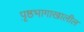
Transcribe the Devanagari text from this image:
पृ़ष्ठभागाखालील